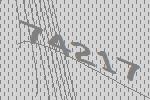
74217